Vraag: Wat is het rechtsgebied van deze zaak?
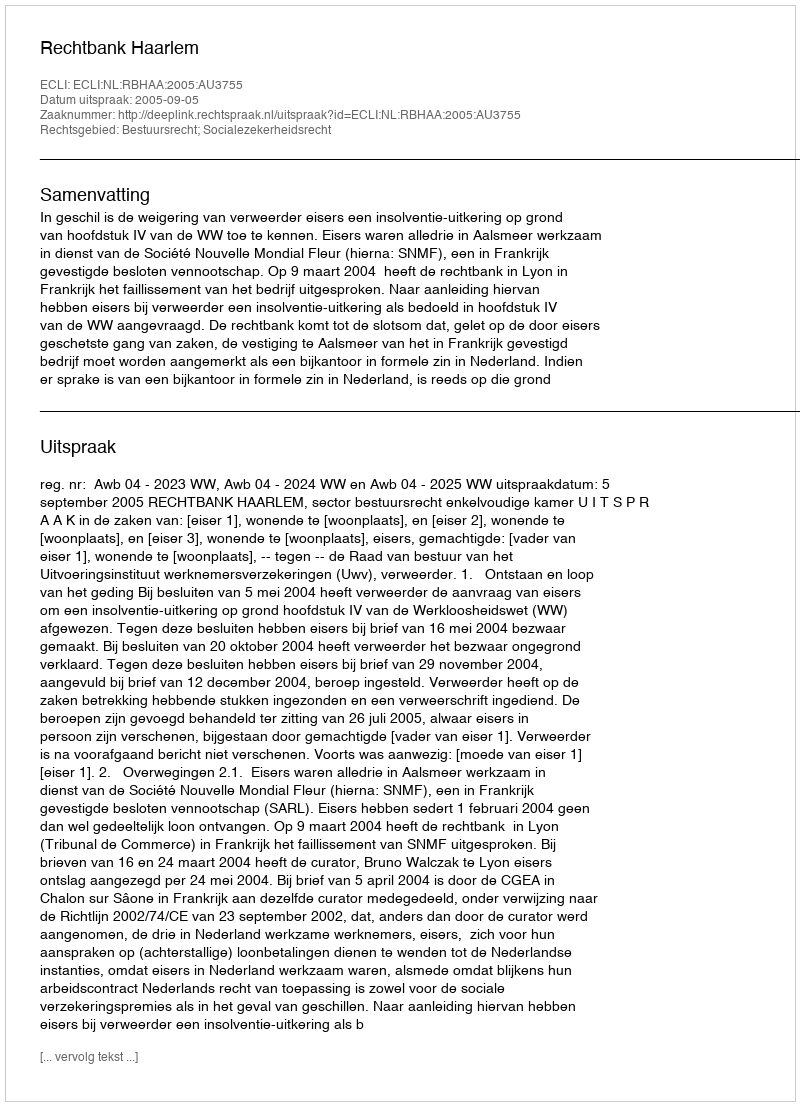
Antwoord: Bestuursrecht; Socialezekerheidsrecht